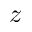
z